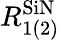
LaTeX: R_{1(2)}^{\textrm{SiN}}